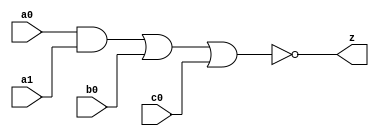
//#############################################################################
//# Function: And-Or-Inverter (aoi211) Gate                                   #
//# Copyright: Lambda Project Authors. All rights Reserved.                   #
//# License:  MIT (see LICENSE file in Lambda repository)                     #
//#############################################################################

module la_aoi211 #(
    parameter PROP = "DEFAULT"
) (
    input  a0,
    input  a1,
    input  b0,
    input  c0,
    output z
);

    assign z = ~((a0 & a1) | b0 | c0);

endmodule